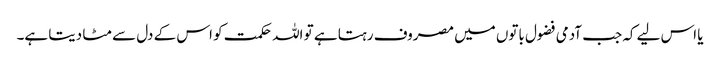
یا اس لیے کہ جب آدمی فضول باتوں میں مصروف رہتا ہے تو اللہ حکمت کو اس کے دل سے مٹا دیتا ہے۔